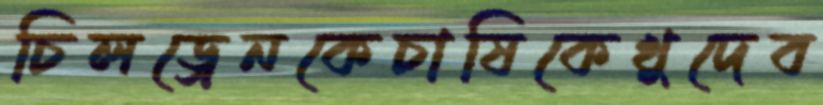
চিলড্রেনকেচাষিকেখুদেব